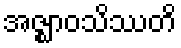
အဇ္ဈာဝသိဿတိ